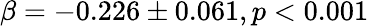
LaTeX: \beta=-0.226\pm 0.061,p<0.001